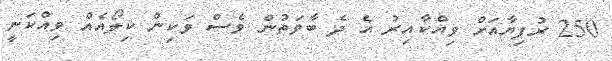
250 ރުފިޔާއަށް ވިއްކާއިރު އެ ދެ ބާވަތުން ވެސް ވަކިން ކިލޯއެއް ވިއްކަނީ